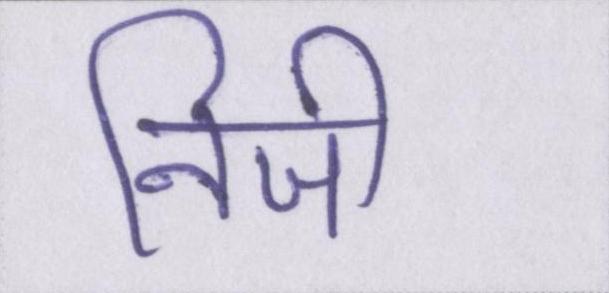
निजी